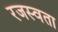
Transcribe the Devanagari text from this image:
रजस्वता